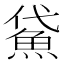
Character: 𩶕